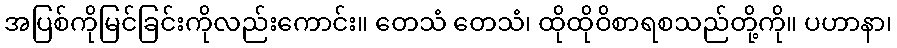
အပြစ်ကိုမြင်ခြင်းကိုလည်းကောင်း။ တေသံ တေသံ၊ ထိုထိုဝိစာရစသည်တို့ကို။ ပဟာနာ၊